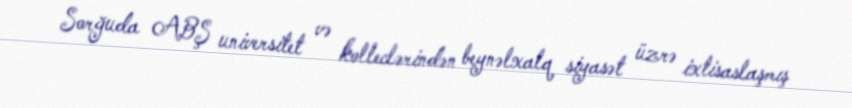
Sorğuda ABŞ universitet və kolleclərindən beynəlxalq siyasət üzrə ixtisaslaşmış